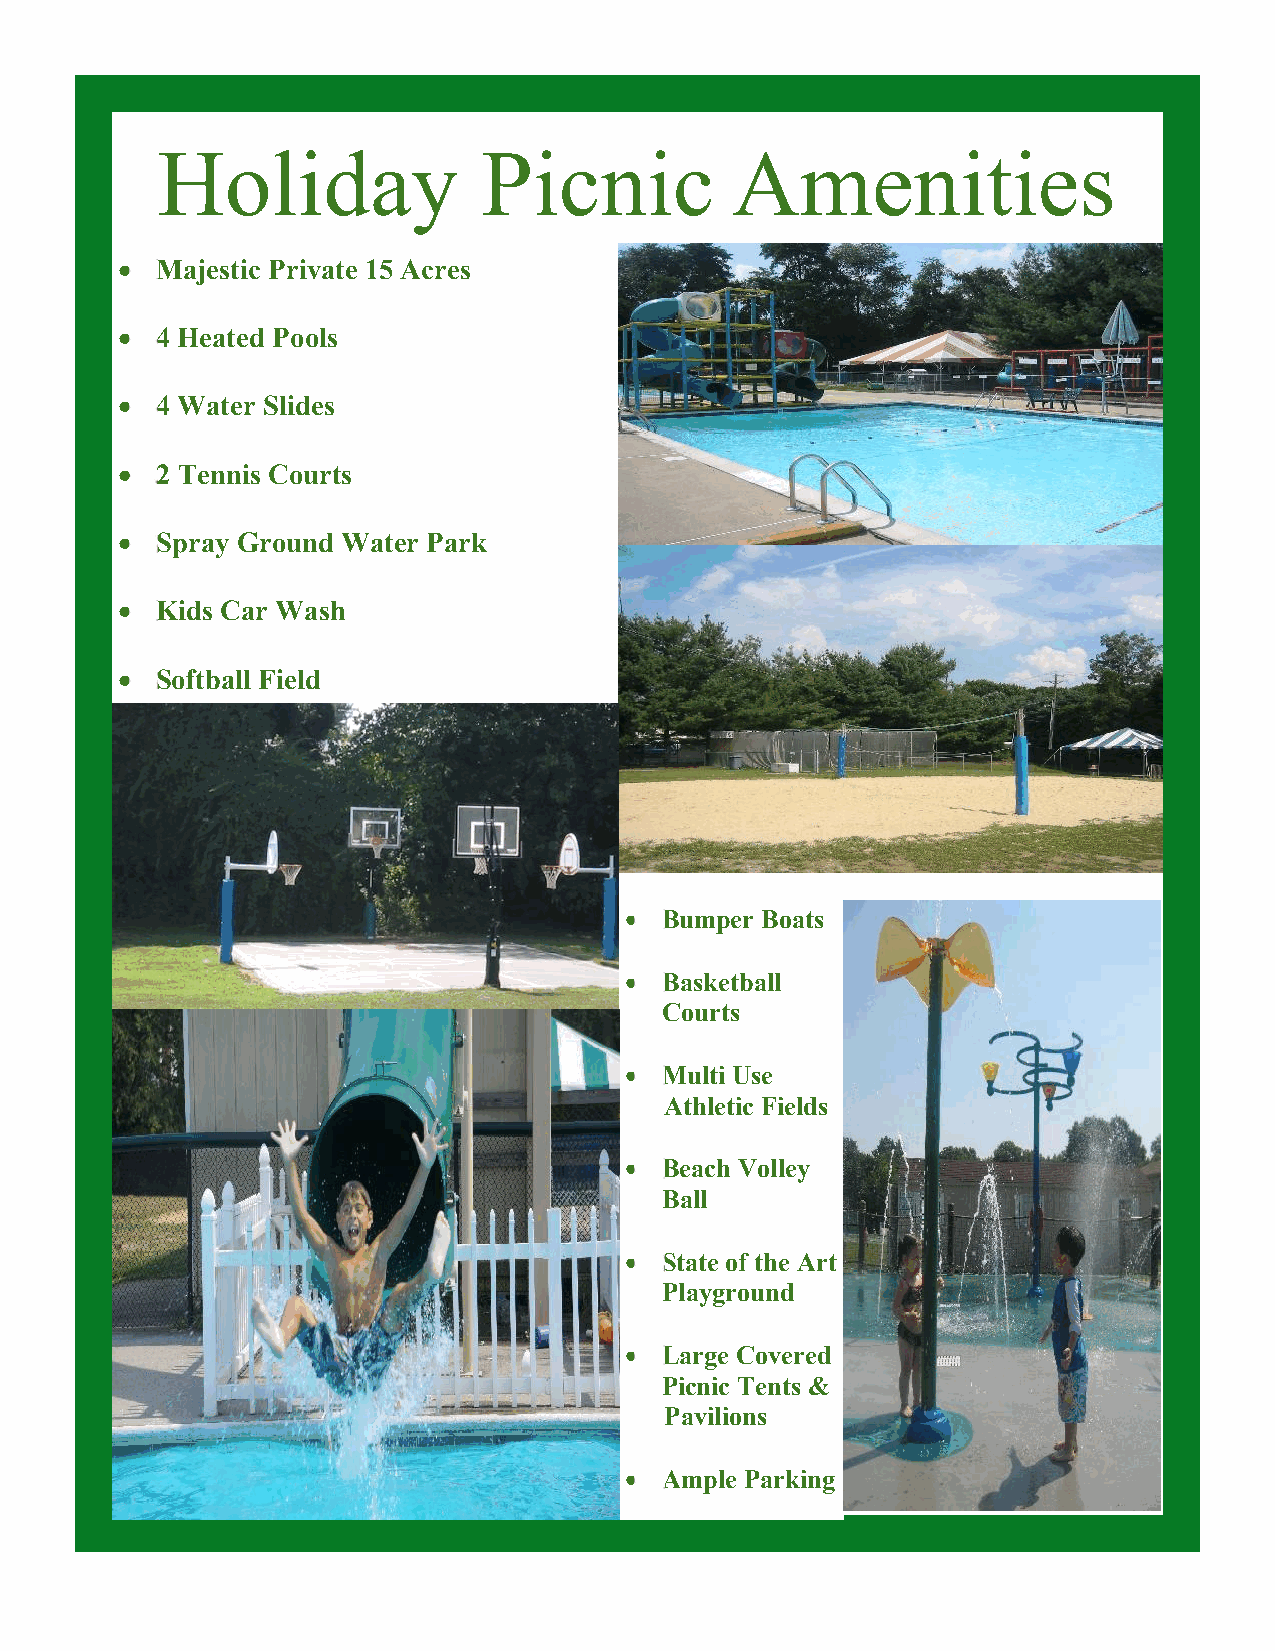
Holiday               Picnic          Amenities
  Majestic Private 15 Acres
  4 Heated Pools
  4 Water Slides
 2
    Tennis Courts
  Spray Ground Water Park
  Kids Car Wash
  Softball Field
   Bumper Boats
   Basketball
 Courts
   Multi Use
 Athletic Fields
   Beach Volley
 Ball
   State of the Art
 Playground
   Large Covered
 Picnic Tents &
 Pavilions
   Ample Parking